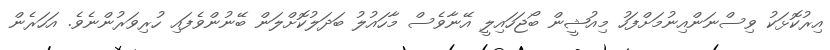
އިރުކޮޅަކު ވިސްނަންއިނުމަށްފަހު މިއުޝީން ބޯޖަހައިލީ އޭނާވެސް މާހައުލު ބަދަލުކޮށްލަން ބޭނުންވެފައި ހުރިވަރުންނެވެ. އަހަރެން